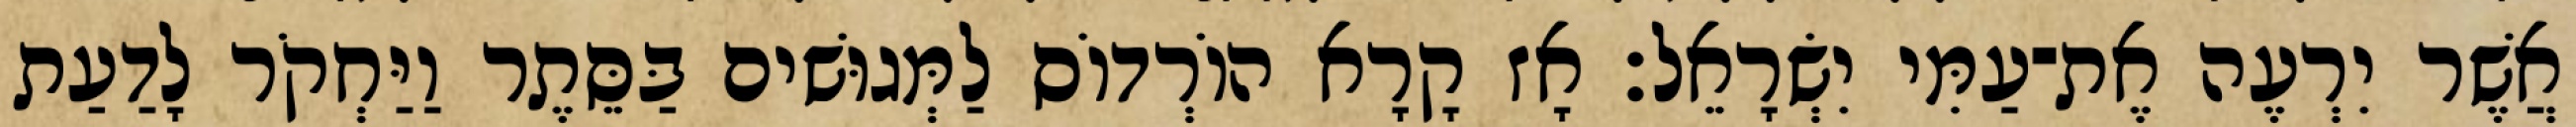
אֲשֶׁר יִרְעֶה אֶת־עַמִּי יִשְׂרָאֵל׃ אָז קָרָא הוֹרְדוֹס לַמְּגוּשׁים בַּסֵּתֶר וַיַּחְקֹר לָדַעַת